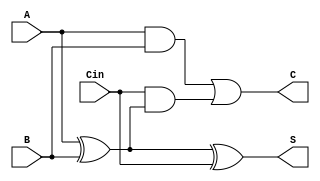
module DynamicCarrySaveAdder(
    input wire A,         // Input A
    input wire B,         // Input B
    input wire Cin,       // Carry-in
    output wire S,        // Sum output
    output wire C         // Carry output
);
    // Intermediate signals
    wire xor_ab;         // A XOR B
    wire and_ab;         // A AND B
    wire and_cin_xor;    // Cin AND (A XOR B)

    // Calculate intermediate values
    assign xor_ab = A ^ B;                       // Partial Sum calculation
    assign and_ab = A & B;                       // Carry generation from A and B
    assign and_cin_xor = Cin & xor_ab;           // Carry generation from Cin and (A XOR B)

    // Final outputs
    assign S = xor_ab ^ Cin;                      // Final Sum output (XOR with Cin)
    assign C = and_ab | and_cin_xor;              // Final Carry output

endmodule